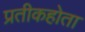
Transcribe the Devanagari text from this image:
प्रतीकहोता